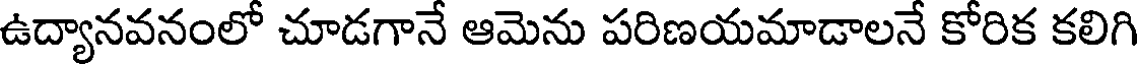
ఉద్యానవనంలో చూడగానే ఆమెను పరిణయమాడాలనే కోరిక కలిగి